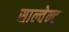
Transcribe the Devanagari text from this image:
साल्वेन्ट